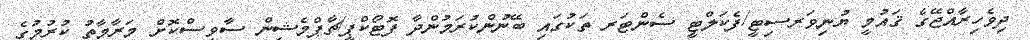
ދިވެހިރާއްޖޭގެ ޤައުމީ ޔުނިވަރސިޓީ/ފެކަލްޓީ ސެންޓަރ ތަކުގައި ބޭނުންކުރަމުންދާ ފޮޓޯކްޕީ/ޗާޕްމެޝިން ސާވިސްކޮށް މަރާމާތު ކުރުމުގެ